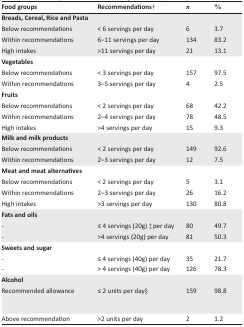
<table><thead><tr><td><b>Food groups</b></td><td><b>Recommendations†</b></td><td><b><i>n</i></b></td><td><b>%</b></td></tr></thead><tbody><tr><td><b>Breads, Cereal, Rice and Pasta</b></td><td></td><td></td><td></td></tr><tr><td>Below recommendations</td><td>&lt; 6 servings per day</td><td>6</td><td>3.7</td></tr><tr><td>Within recommendations</td><td>6–11 servings per day</td><td>134</td><td>83.2</td></tr><tr><td>High intakes</td><td>&gt;11 servings per day</td><td>21</td><td>13.1</td></tr><tr><td><b>Vegetables</b></td><td></td><td></td><td></td></tr><tr><td>Below recommendations</td><td>&lt; 3 servings per day</td><td>157</td><td>97.5</td></tr><tr><td>Within recommendations</td><td>3–5 servings per day</td><td>4</td><td>2.5</td></tr><tr><td><b>Fruits</b></td><td></td><td></td><td></td></tr><tr><td>Below recommendations</td><td>&lt; 2 servings per day</td><td>68</td><td>42.2</td></tr><tr><td>Within recommendations</td><td>2–4 servings per day</td><td>78</td><td>48.5</td></tr><tr><td>High intakes</td><td>&gt;4 servings per day</td><td>15</td><td>9.3</td></tr><tr><td><b>Milk and milk products</b></td><td></td><td></td><td></td></tr><tr><td>Below recommendations</td><td>&lt; 2 servings per day</td><td>149</td><td>92.6</td></tr><tr><td>Within recommendations</td><td>2–3 servings per day</td><td>12</td><td>7.5</td></tr><tr><td><b>Meat and meat alternatives</b></td><td></td><td></td><td></td></tr><tr><td>Below recommendations</td><td>&lt; 2 servings per day</td><td>5</td><td>3.1</td></tr><tr><td>Within recommendations</td><td>2–3 servings per day</td><td>26</td><td>16.2</td></tr><tr><td>High intakes</td><td>&gt;3 servings per day</td><td>130</td><td>80.8</td></tr><tr><td><b>Fats and oils</b></td><td></td><td></td><td></td></tr><tr><td>-</td><td>≤ 4 servings (20g) ‡ per day</td><td>80</td><td>49.7</td></tr><tr><td>-</td><td>&gt;4 servings (20g) per day</td><td>81</td><td>50.3</td></tr><tr><td><b>Sweets and sugar</b></td><td></td><td></td><td></td></tr><tr><td>-</td><td>≤ 4 servings (40g) per day</td><td>35</td><td>21.7</td></tr><tr><td>-</td><td>&gt; 4 servings (40g) per day</td><td>126</td><td>78.3</td></tr><tr><td><b>Alcohol</b></td><td></td><td></td><td></td></tr><tr><td>Recommended allowance</td><td>≤ 2 units per day§</td><td>159</td><td>98.8</td></tr><tr><td>Above recommendation</td><td>&gt;2 units per day</td><td>2</td><td>1.2</td></tr></tbody></table>